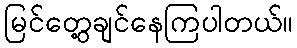
မြင်တွေ့ချင်နေကြပါတယ်။